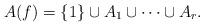
LaTeX: \begin{align*}A(f)=\{1\}\cup A_{1}\cup \cdots \cup A_{r}.\end{align*}